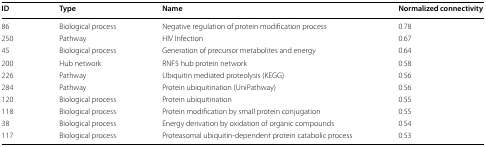
| ID | Type | Name | Normalized connectivity |
 | --- | --- | --- | --- |
 | 86 | Biological process | Negative regulation of protein modification process | 0.78 |
 | 250 | Pathway | HIV Infection | 0.67 |
 | 45 | Biological process | Generation of precursor metabolites and energy | 0.64 |
 | 200 | Hub network | RNF5 hub protein network | 0.58 |
 | 226 | Pathway | Ubiquitin mediated proteolysis (KEGG) | 0.56 |
 | 284 | Pathway | Protein ubiquitination (UniPathway) | 0.56 |
 | 120 | Biological process | Protein ubiquitination | 0.55 |
 | 118 | Biological process | Protein modification by small protein conjugation | 0.55 |
 | 38 | Biological process | Energy derivation by oxidation of organic compounds | 0.54 |
 | 117 | Biological process | Proteasomal ubiquitin-dependent protein catabolic process | 0.53 |